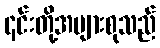
၎င်းတို့အများစုသည်